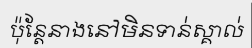
ប៉ុន្តែនាងនៅមិនទាន់ស្គាល់